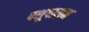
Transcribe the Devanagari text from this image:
पशूपालन